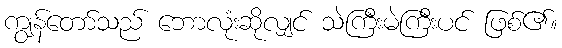
ကျွန်တော်သည် ဘောလုံးဆိုလျှင် သဲကြီးမဲကြီးပင် ဖြစ်၏။